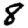
Digit: 8